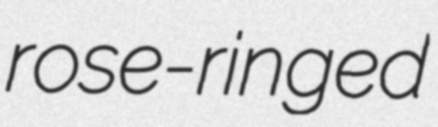
rose-ringed